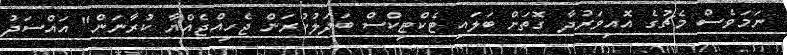
ނަމަވެސް މެޗުގެ އޮއިވަރުދާ ގޮތަށް ބަލައި ޓެކްޓިކްސް ބަދަލުކުރަން ޖެހިއްޖެއްޔާ ކުރާނަން" އައްސަދު